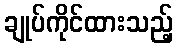
ချုပ်ကိုင်ထားသည့်